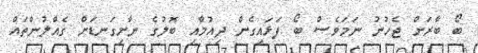
ބޯ ބާރަށް ޖެހުނު ނަމަވެސް ބޯ ފަޅައިގެން ދިއުމާއި ބޮލުގެ ނާށިގަނޑަށް ގެއްލުންތައް